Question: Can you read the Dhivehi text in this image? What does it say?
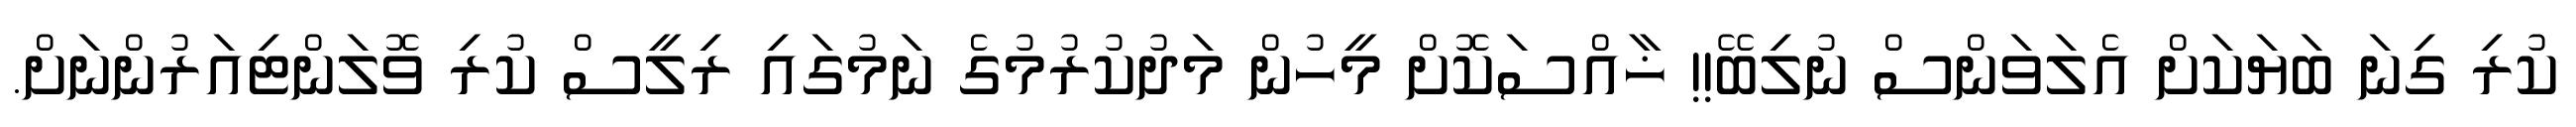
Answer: ކުރި ގިނަ ބަޔަކަށް އެލަވަންސް ނުލިބޭ!! ޚާއްސަކޮށް މީހުން މަދުކުރުމުގެ ނަމުގައި ރިލީސް ކުރި ވޮލަންޓިއަރުންނަށް.